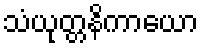
သံယုတ္တနိကာယော